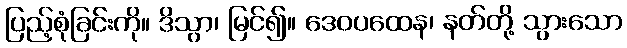
ပြည့်စုံခြင်းကို။ ဒိသွာ၊ မြင်၍။ ဒေဝပထေန၊ နတ်တို့ သွားသော